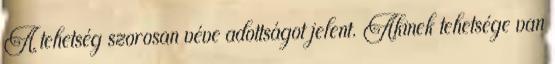
A tehetség szorosan véve adottságot jelent. Akinek tehetsége van